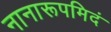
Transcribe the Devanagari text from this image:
नानारूपमिदं